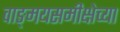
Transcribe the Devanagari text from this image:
वाङ्‌मयसमीक्षेच्या